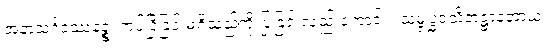
အနာသင်္ဂဒဿနဉ္စ၊ ကပ်ငြိခြင်းမရှိသည်ကို ပြုခြင်းလည်းကောင်း။ သမ္ဗုဒ္ဓဝသိတဋ္ဌာနတာယ၊